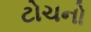
ટોચનો